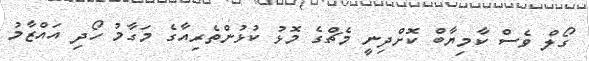
ގޯލް ވެސް ކާމިޔާބް ކޮށްދިނީ މެޗްގެ މޮޅު ކުޅުންތެރިއާގެ މަގާމު ހޯދި އައްޒާމު